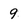
Character: 9